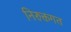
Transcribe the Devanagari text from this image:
निरुक्तगत